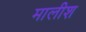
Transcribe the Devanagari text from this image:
मालीश